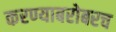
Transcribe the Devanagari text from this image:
करण्‍याबरोबरच